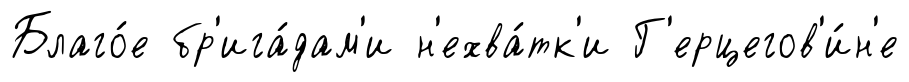
Благо́е бр'ига́дам'и н'ехва́тк'и Г'ерцегов'и́н'е